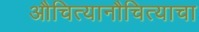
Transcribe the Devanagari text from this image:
औचित्यानौचित्याचा